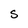
Character: S